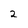
Character: 2